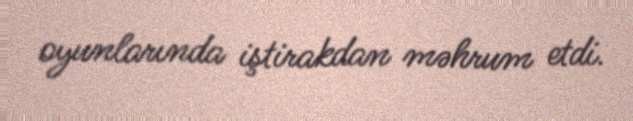
oyunlarında iştirakdan məhrum etdi.